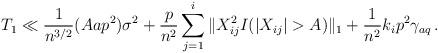
LaTeX: \begin{align*}T_{1}\ll\frac{1}{n^{3/2}}(Aap^{2})\sigma^{2}+\frac{p}{n^{2}}\sum_{j=1}^{i}\Vert X_{ij}^{2}I(|X_{ij}|>A)\Vert_{1}+\frac{1}{n^{2}}k_{i}p^{2}\gamma_{aq}\,. \end{align*}